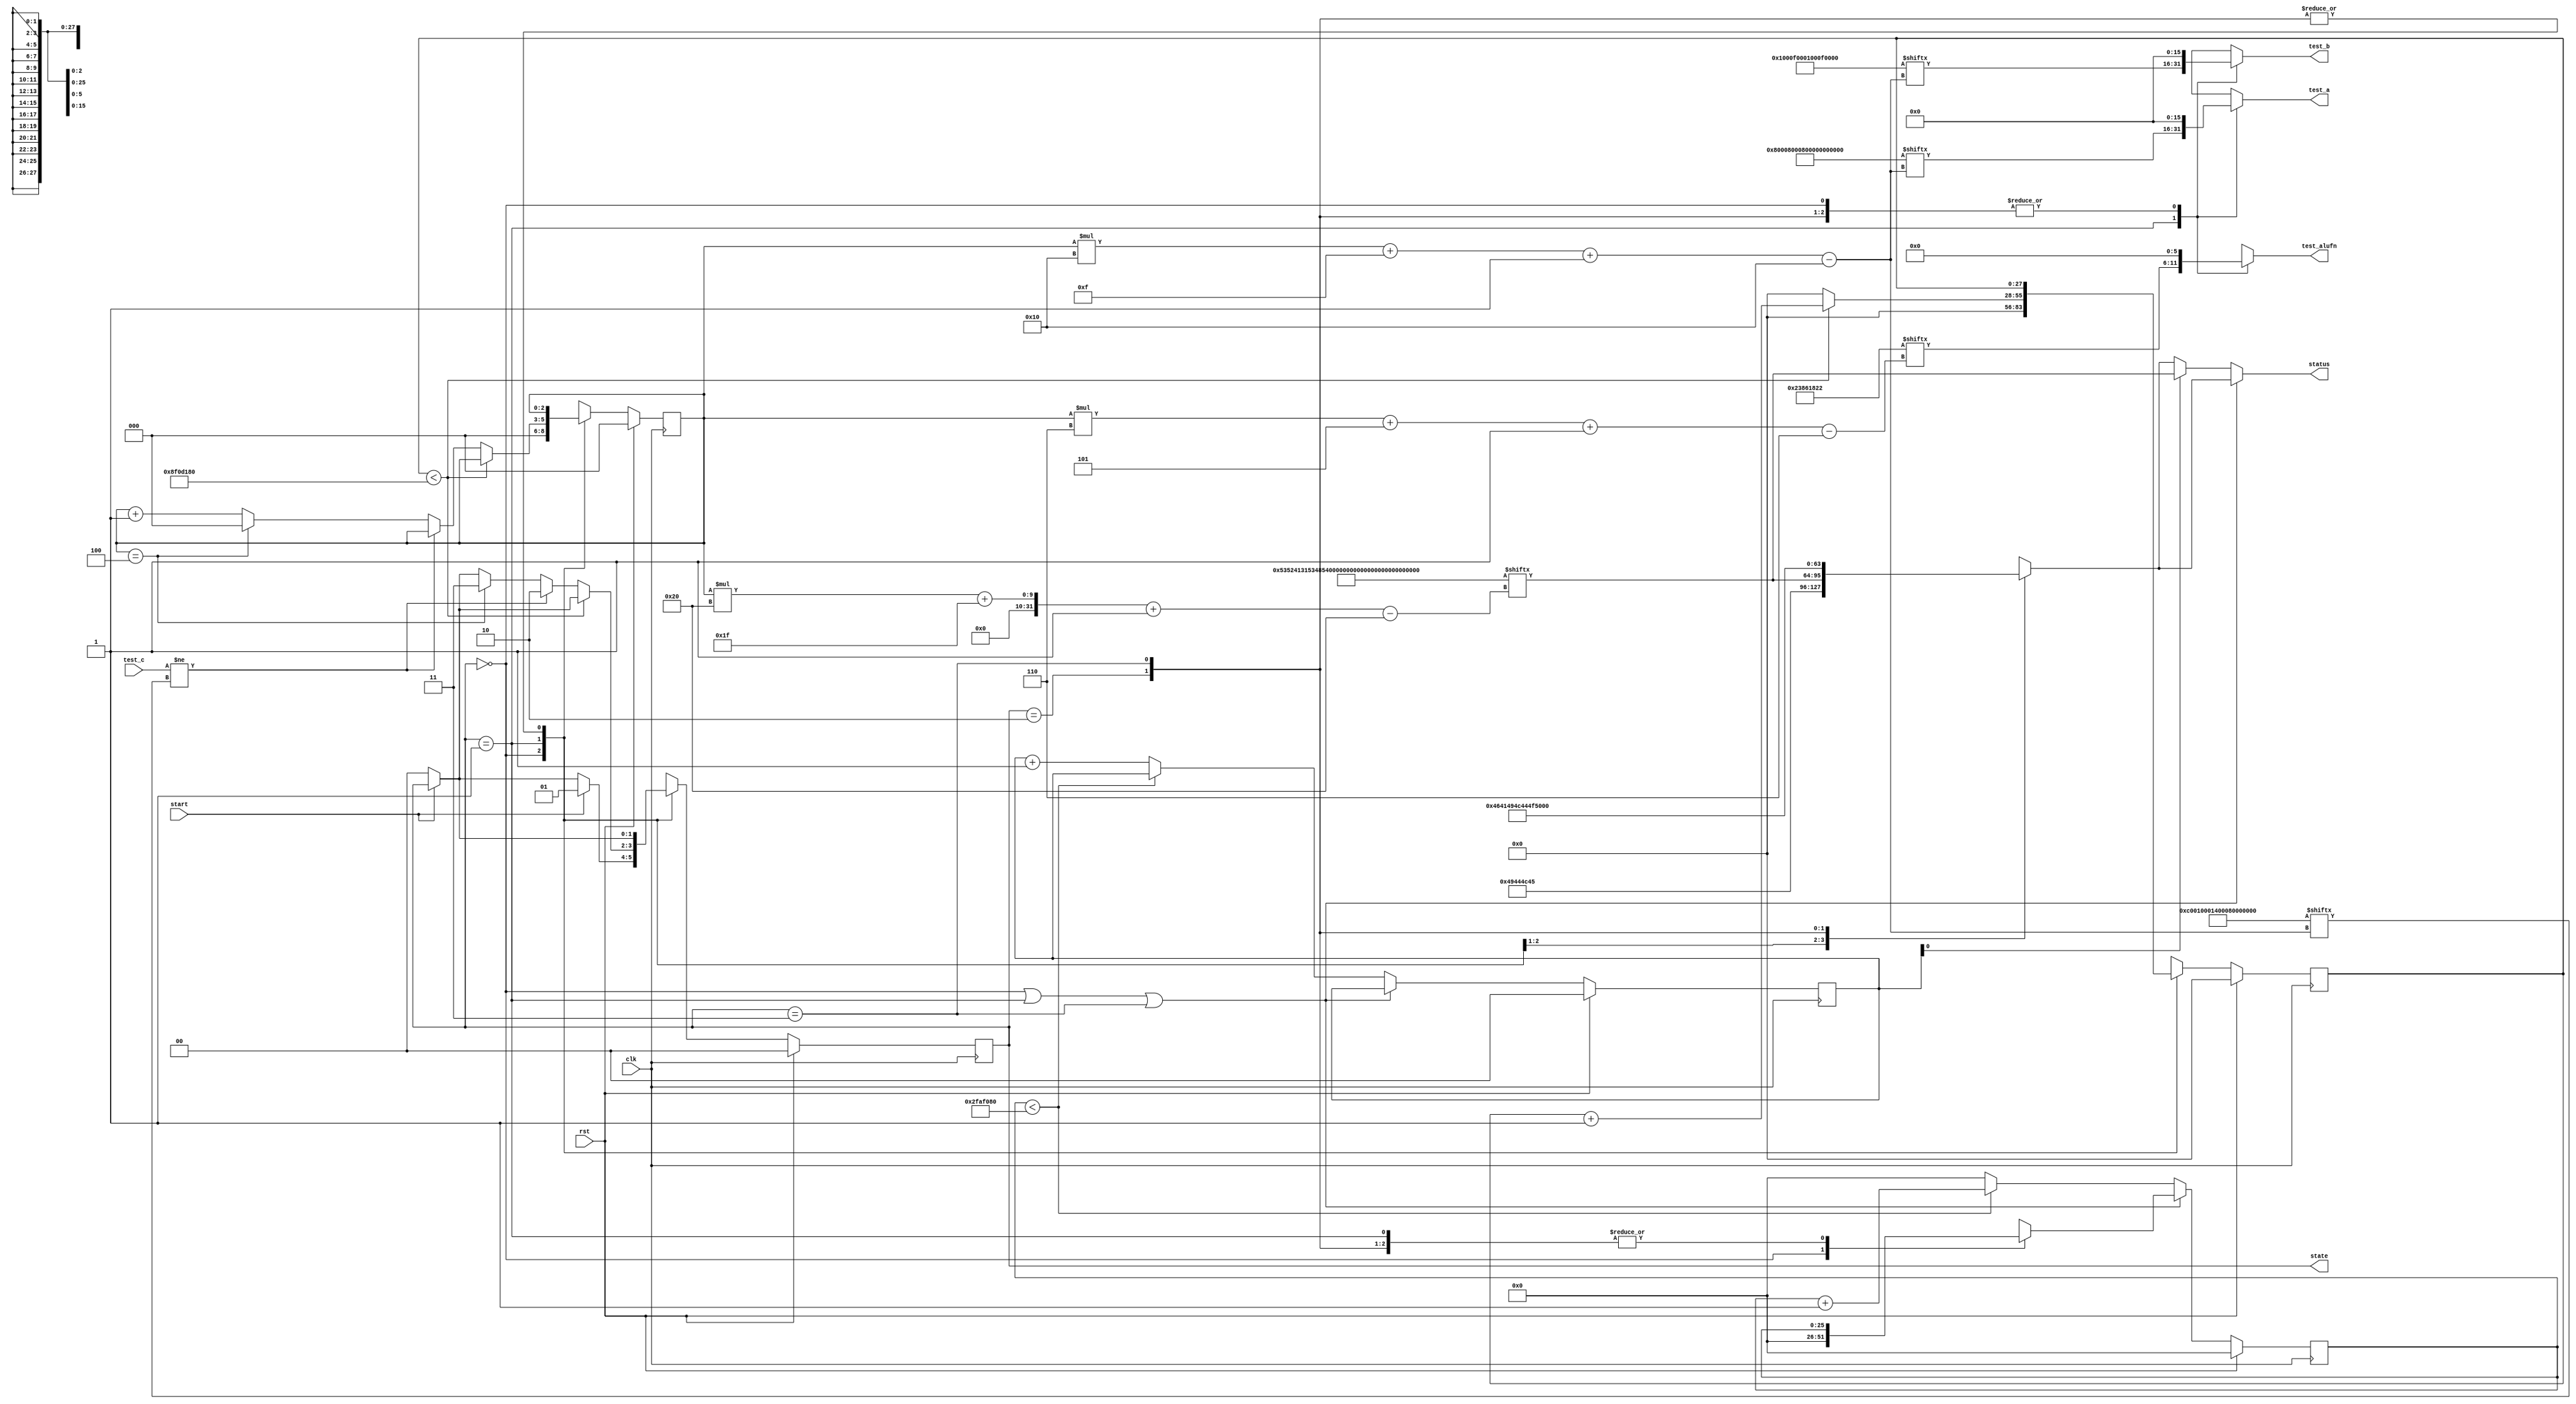
/*
   This file was generated automatically by the Mojo IDE version B1.3.6.
   Do not edit this file directly. Instead edit the original Lucid source.
   This is a temporary file and any changes made to it will be destroyed.
*/

/*
   Parameters:
     NUM_TEST_CASES = 5
     TEST_NAME = TestCasesROM.SHIFTER_FAIL_NAME
     TEST_A = TestCasesROM.SHIFTER_FAIL_A
     TEST_B = TestCasesROM.SHIFTER_FAIL_B
     TEST_ALUFN = TestCasesROM.SHIFTER_FAIL_ALUFN
     TEST_C = TestCasesROM.SHIFTER_FAIL_C
     BYPASS_FAIL = 0
     NUM_TEST_SECS = 3
     NUM_FAIL_SECS = 1
     NUM_FAIL_BLINKS = 2
*/
module basic_tester_18 (
    input clk,
    input rst,
    input start,
    input [15:0] test_c,
    output reg [15:0] test_a,
    output reg [15:0] test_b,
    output reg [5:0] test_alufn,
    output reg [1:0] state,
    output reg [31:0] status
  );
  
  localparam NUM_TEST_CASES = 3'h5;
  localparam TEST_NAME = 160'h53524131534852325348523153484c3253484c31;
  localparam TEST_A = 80'h80008000800000010001;
  localparam TEST_B = 80'h0001000f0001000f0001;
  localparam TEST_ALUFN = 30'h23861822;
  localparam TEST_C = 80'hc0010001400080000002;
  localparam BYPASS_FAIL = 1'h0;
  localparam NUM_TEST_SECS = 2'h3;
  localparam NUM_FAIL_SECS = 1'h1;
  localparam NUM_FAIL_BLINKS = 2'h2;
  
  
  localparam NUM_TEST_TIMER_CYCLES = 28'h8f0d180;
  
  localparam NUM_FAIL_TIMER_CYCLES = 26'h2faf080;
  
  reg [31:0] next_status;
  
  reg [27:0] M_display_test_timer_d, M_display_test_timer_q = 1'h0;
  reg [25:0] M_display_fail_timer_d, M_display_fail_timer_q = 1'h0;
  reg [1:0] M_fail_blink_ctr_d, M_fail_blink_ctr_q = 1'h0;
  reg [2:0] M_tester_ctr_d, M_tester_ctr_q = 1'h0;
  localparam IDLE_tester_state = 2'd0;
  localparam TEST_tester_state = 2'd1;
  localparam FAIL_tester_state = 2'd2;
  localparam DONE_tester_state = 2'd3;
  
  reg [1:0] M_tester_state_d, M_tester_state_q = IDLE_tester_state;
  
  always @* begin
    M_tester_state_d = M_tester_state_q;
    M_display_fail_timer_d = M_display_fail_timer_q;
    M_display_test_timer_d = M_display_test_timer_q;
    M_fail_blink_ctr_d = M_fail_blink_ctr_q;
    M_tester_ctr_d = M_tester_ctr_q;
    
    status = 32'h00000000;
    test_a = 1'h0;
    test_b = 1'h0;
    test_alufn = 1'h0;
    if (!start) begin
      M_tester_state_d = IDLE_tester_state;
    end
    state = M_tester_state_q;
    next_status = 32'h4e554c4c;
    
    case (M_tester_state_q)
      IDLE_tester_state: begin
        M_display_test_timer_d = 1'h0;
        M_display_fail_timer_d = 1'h0;
        M_tester_ctr_d = 1'h0;
        next_status = 32'h49444c45;
        if (start) begin
          M_tester_state_d = TEST_tester_state;
        end
      end
      TEST_tester_state: begin
        next_status = TEST_NAME[(M_tester_ctr_q)*32+31-:32];
        test_a = TEST_A[(M_tester_ctr_q)*16+15-:16];
        test_b = TEST_B[(M_tester_ctr_q)*16+15-:16];
        test_alufn = TEST_ALUFN[(M_tester_ctr_q)*6+5-:6];
        if (M_display_test_timer_q < 28'h8f0d180) begin
          M_display_test_timer_d = M_display_test_timer_q + 1'h1;
        end else begin
          M_display_test_timer_d = 1'h0;
          if (test_c != TEST_C[(M_tester_ctr_q)*16+15-:16]) begin
            M_tester_state_d = FAIL_tester_state;
          end else begin
            if (M_tester_ctr_q == 4'h4) begin
              M_tester_state_d = DONE_tester_state;
              M_tester_ctr_d = 1'h0;
            end else begin
              M_tester_ctr_d = M_tester_ctr_q + 1'h1;
            end
          end
        end
      end
      FAIL_tester_state: begin
        next_status = 32'h4641494c;
      end
      DONE_tester_state: begin
        next_status = 32'h444f4e45;
      end
    endcase
    if (M_tester_state_q == IDLE_tester_state | M_tester_state_q == TEST_tester_state | M_tester_state_q == DONE_tester_state) begin
      status = next_status;
    end else begin
      if (~M_fail_blink_ctr_q[0+0-:1]) begin
        status = next_status;
      end else begin
        status = TEST_NAME[(M_tester_ctr_q)*32+31-:32];
      end
      if (M_display_fail_timer_q < 26'h2faf080) begin
        M_display_fail_timer_d = M_display_fail_timer_q + 1'h1;
      end else begin
        M_display_fail_timer_d = 1'h0;
        if (1'h1) begin
          M_fail_blink_ctr_d = M_fail_blink_ctr_q + 1'h1;
        end else begin
          if (M_fail_blink_ctr_q < 5'h03) begin
            M_fail_blink_ctr_d = M_fail_blink_ctr_q + 1'h1;
          end else begin
            M_fail_blink_ctr_d = 1'h0;
            if (M_tester_ctr_q < 4'h4) begin
              M_tester_state_d = TEST_tester_state;
              M_tester_ctr_d = M_tester_ctr_q + 1'h1;
            end else begin
              M_tester_state_d = DONE_tester_state;
              M_tester_ctr_d = 1'h0;
            end
          end
        end
      end
    end
  end
  
  always @(posedge clk) begin
    if (rst == 1'b1) begin
      M_display_test_timer_q <= 1'h0;
      M_display_fail_timer_q <= 1'h0;
      M_fail_blink_ctr_q <= 1'h0;
      M_tester_ctr_q <= 1'h0;
      M_tester_state_q <= 1'h0;
    end else begin
      M_display_test_timer_q <= M_display_test_timer_d;
      M_display_fail_timer_q <= M_display_fail_timer_d;
      M_fail_blink_ctr_q <= M_fail_blink_ctr_d;
      M_tester_ctr_q <= M_tester_ctr_d;
      M_tester_state_q <= M_tester_state_d;
    end
  end
  
endmodule